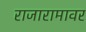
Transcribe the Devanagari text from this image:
राजारामावर